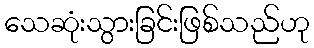
သေဆုံးသွားခြင်းဖြစ်သည်ဟု